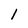
Character: l